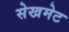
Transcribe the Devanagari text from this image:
सेखमेट